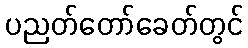
ပညတ်တော်ခေတ်တွင်